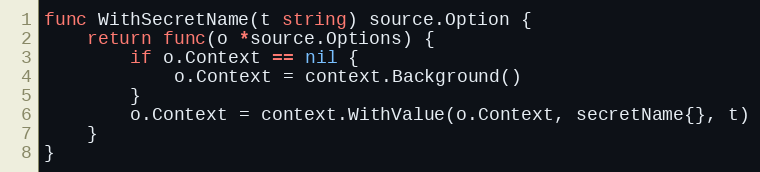
Language: Go
func WithSecretName(t string) source.Option {
	return func(o *source.Options) {
		if o.Context == nil {
			o.Context = context.Background()
		}
		o.Context = context.WithValue(o.Context, secretName{}, t)
	}
}